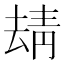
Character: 𩇘